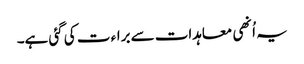
یہ اُنھی معاہدات سے براء ت کی گئی ہے۔